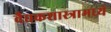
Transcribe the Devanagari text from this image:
वैद्यकशास्त्रामध्ये